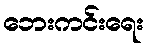
ဘေးကင်းရေး